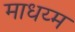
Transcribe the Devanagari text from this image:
माधय्म